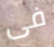
فى